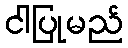
ငါပြုမည်